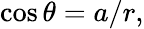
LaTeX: \cos\theta=a/r,